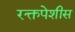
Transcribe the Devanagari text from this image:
रक्तपेशीस